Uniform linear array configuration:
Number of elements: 12
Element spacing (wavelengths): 0.5
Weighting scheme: uniform
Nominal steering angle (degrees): -45
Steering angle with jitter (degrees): -46.563
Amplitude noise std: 0.05
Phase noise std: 0.05

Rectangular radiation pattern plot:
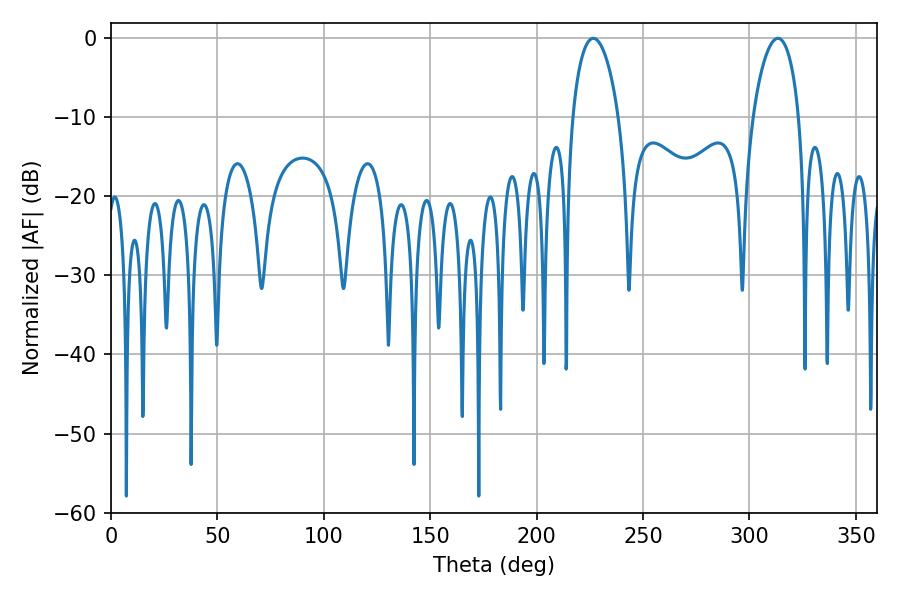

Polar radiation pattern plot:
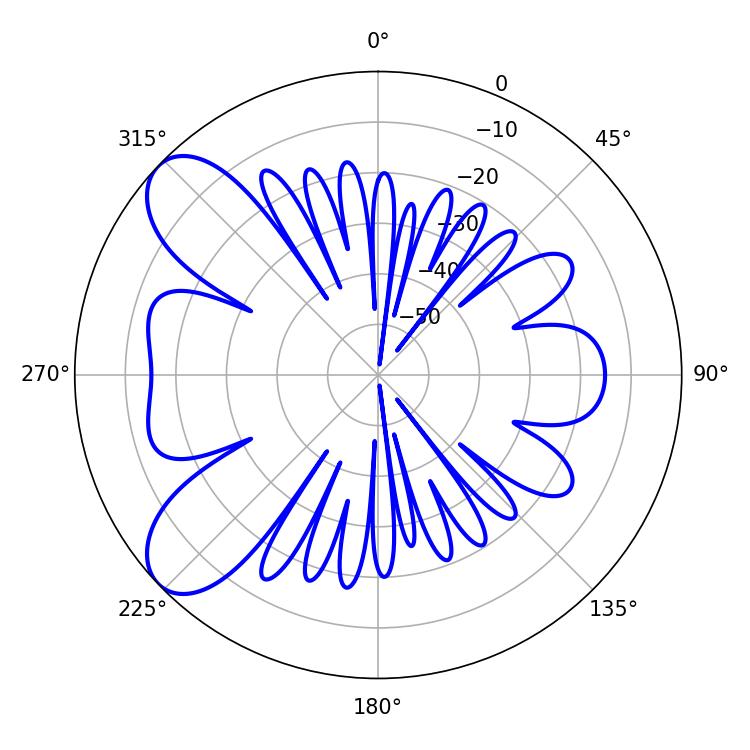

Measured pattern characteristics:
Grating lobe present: FALSE
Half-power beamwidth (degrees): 12.24
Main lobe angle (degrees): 226.62